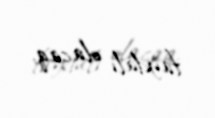
faydalı olacaq.